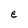
Character: e